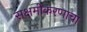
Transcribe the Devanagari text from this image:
सक्षमीकरणाचा